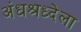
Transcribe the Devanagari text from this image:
अंधश्रध्देला